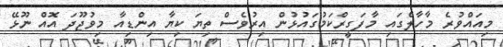
މިއައްވުރެ މާހާލްގައި މާފަގީރްކަމުގައުޅުން އިރުވެސް ތިޔަ ކިޔާ އިންޑިއާ މިވުޖޫދަ އޮއް ނޫޅޭ